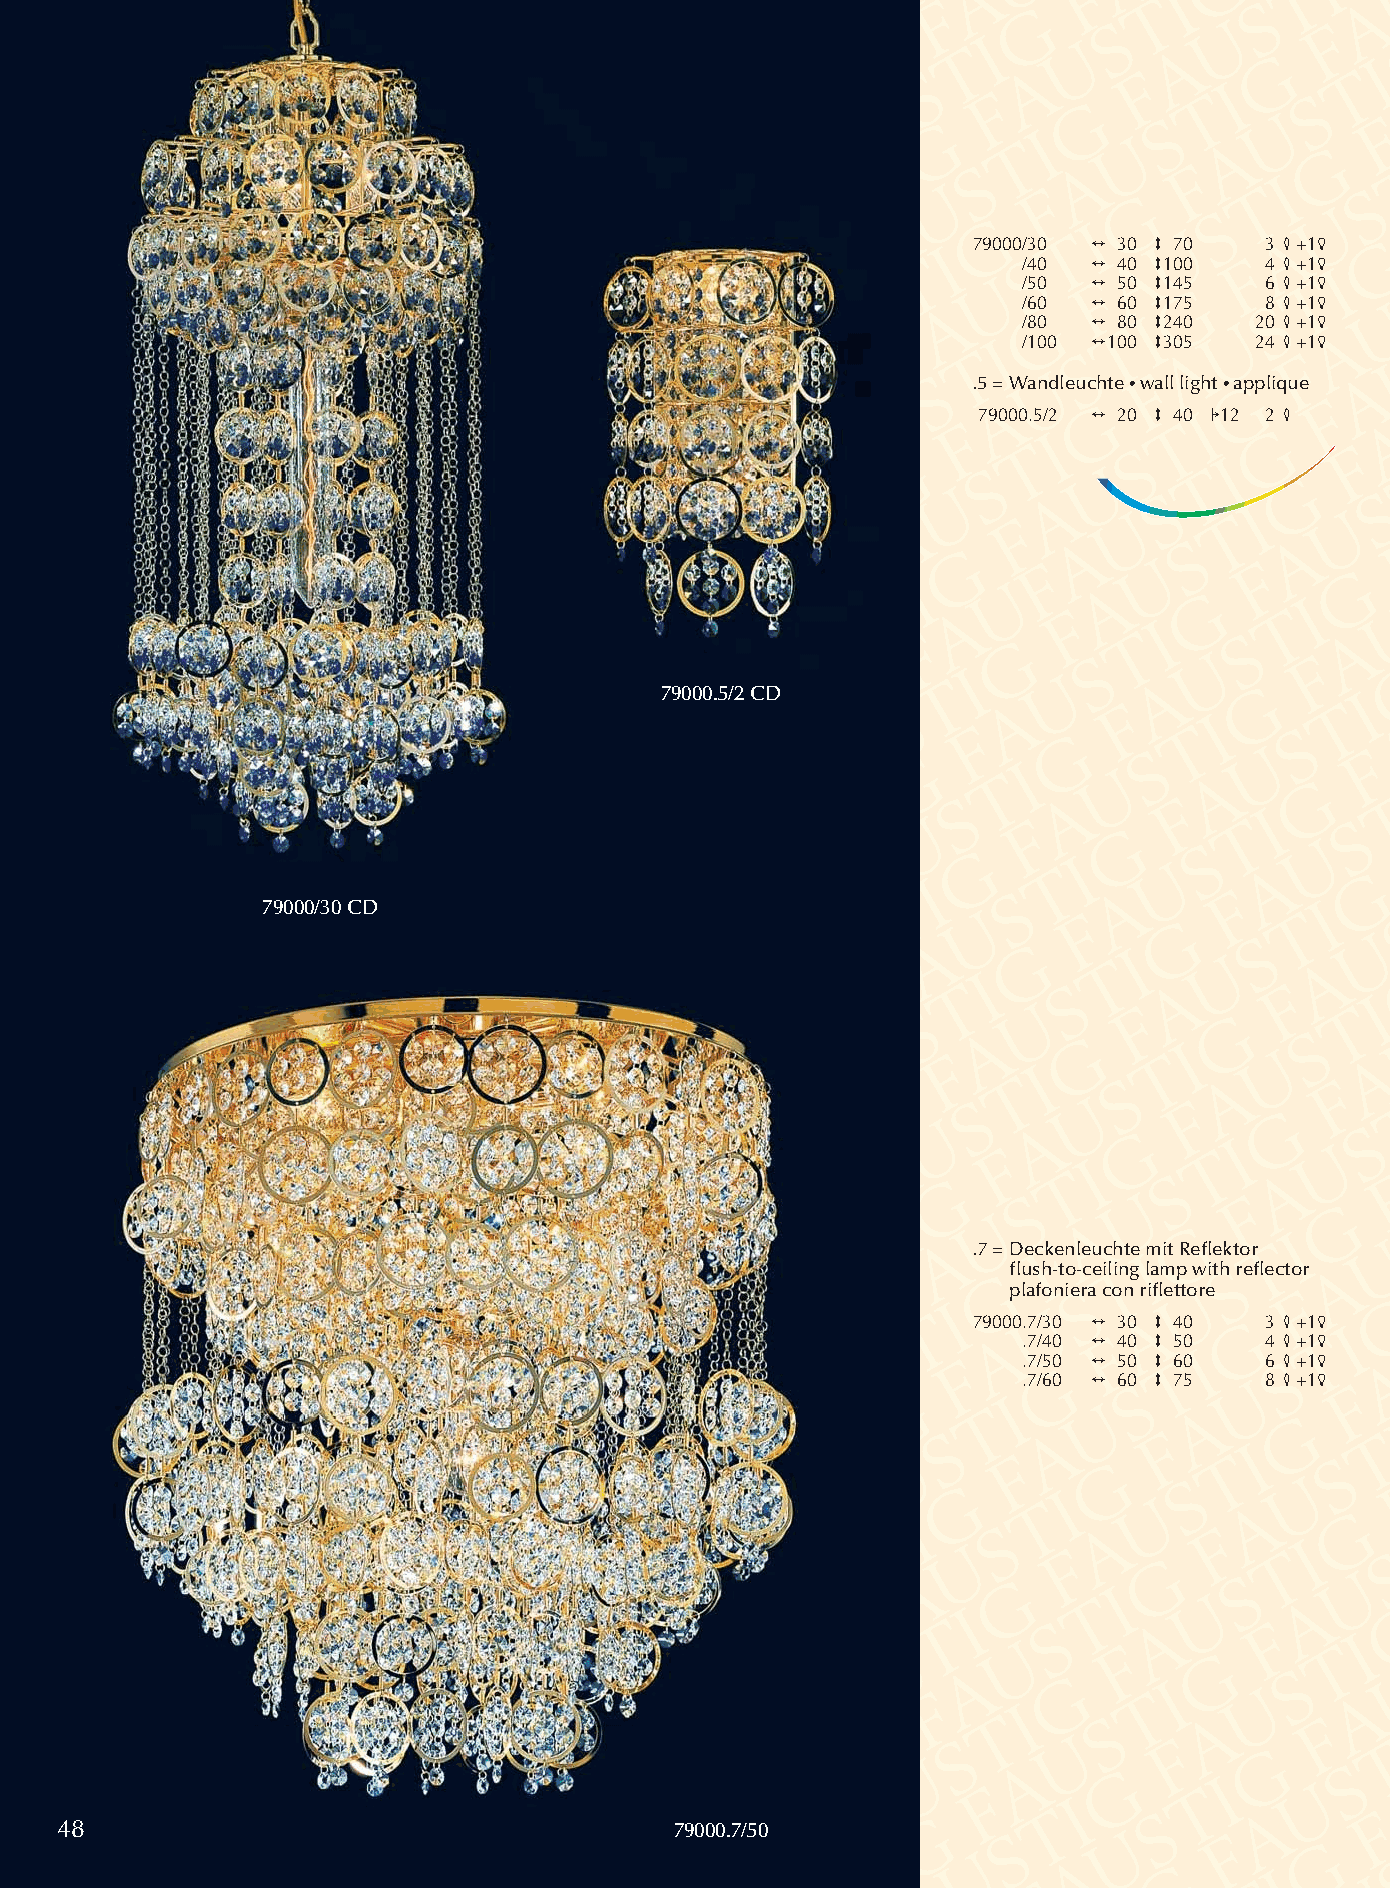
79000/30 2 30 3 70  3 4+15
 /40 2 40 3100   4 4+15
 /50 2 50 3145   6 4+15
 /60 2 60 3175   8 4+15
 /80 2 80 3240  20 4+15
 /100 2100 3305 24 4+15
 .5 = Wandleuchte •wall light •applique
 79000.5/2 2 20 3 40 112 2 4
 79000.5/2 CD
 79000/30 CD
 .7 =Deckenleuchte mit Reflektor
 flush-to-ceiling lamp with reflector
 plafoniera con riflettore
 79000.7/30 2 30 3 40 3 4+15
 .7/40 2 40 3 50 4 4+15
 .7/50 2 50 3 60 6 4+15
 .7/60 2 60 3 75 8 4+15
 48                                       79000.7/50